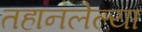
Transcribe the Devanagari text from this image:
तहानलेल्या